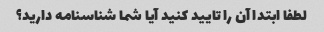
لطفا ابتدا آن را تایید کنید آیا شما شناسنامه دارید؟